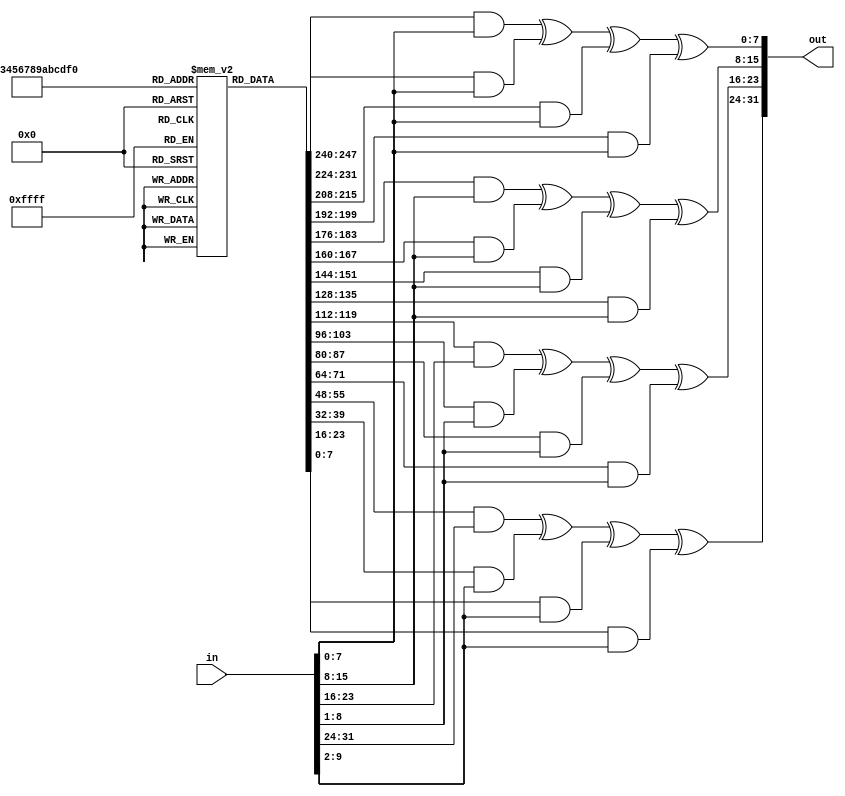
module MixColumns(in,out);

  	input [31:0] in;
  output [31:0]out;
    reg [15:0] Array [3:0][3:0];
	 
	initial begin
        Array[0][0] =  8'h02;
        Array[0][1] =  8'h03;
        Array[0][2] =  8'h01;
        Array[0][3] =  8'h01;

        Array[1][0] =  8'h01;
        Array[1][1] =  8'h02;
        Array[1][2] =  8'h03;
        Array[1][3] =  8'h01;

        Array[2][0] =  8'h01;
        Array[2][1] =  8'h01;
        Array[2][2] =  8'h02;
        Array[2][3] =  8'h03;

        Array[3][0] =  8'h03;
        Array[3][1] =  8'h01;
        Array[3][2] =  8'h01;
        Array[3][3] =  8'h03;
	end
	
  assign out[7:0]    = (Array[0][0] & in[7:0])   ^ (Array[0][1] & in[7:0]) ^  (Array[0][2] & in[7:0]) ^  (Array[0][3] & in[7:0]);
  assign out[15:8]   = (Array[1][0] & in[15:8])  ^ (Array[1][1] & in[15:8]) ^ (Array[1][2] & in[15:8]) ^ (Array[1][3] & in[15:8]);
  assign out[23:16]  = (Array[2][0] & in[23:16]) ^ (Array[2][1] & in[23:1]) ^ (Array[2][2] & in[23:1]) ^ (Array[2][3] & in[23:1]);
  assign out[31:24]  = (Array[3][0] & in[31:24]) ^ (Array[3][1] & in[31:2]) ^ (Array[3][2] & in[31:2]) ^ (Array[3][3] & in[31:2]);

endmodule